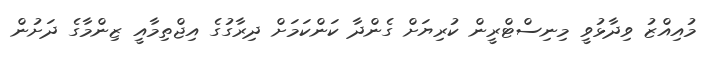
މުއިއްޒު ވިދާޅުވީ މިނިސްޓްރީން ކުރިޔަށް ގެންދާ ކަންކަމަށް ދިރާގުގެ އިޖްތިމާއީ ޒިންމާގެ ދަށުން